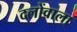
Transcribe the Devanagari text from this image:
दलोंवाला